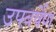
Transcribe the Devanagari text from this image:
उपवर्षेण